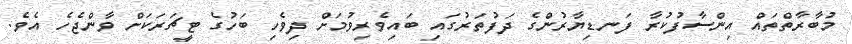
މުބާރާތްތައް އިންސާފުކުރާ ފަނޑިޔާރުންގެ ދަފުތަރުގައި ބައިވެރިވުމަށް ދިވެހި ބަހުގެ ޓީޗަރަކަށް ވާންޖެހެ އެވެ.